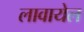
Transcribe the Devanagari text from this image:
लावायेल